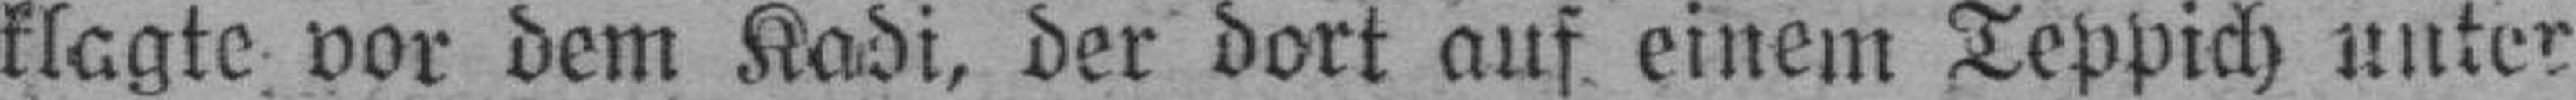
klagte vor dem Kadi, der dort auf einem Teppich unter